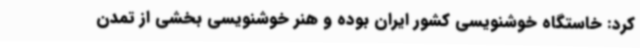
کرد: خاستگاه خوشنویسی کشور ایران بوده و هنر خوشنویسی بخشی از تمدن